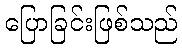
ပြောခြင်းဖြစ်သည်